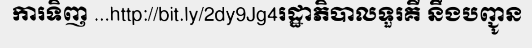
ការទិញ ...http://bit.ly/2dy9Jg4រដ្ឋាភិបាលទួរគី នឹងបញ្ជូន